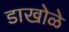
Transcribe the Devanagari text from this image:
डाखोळे